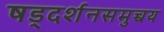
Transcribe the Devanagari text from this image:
षड्दर्शनसमुच्चय